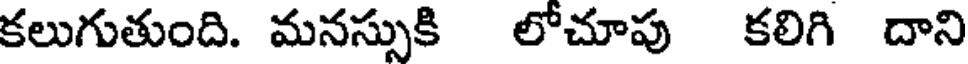
కలుగుతుంది. మనస్సుకి లోచూపు కలిగి దాని